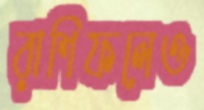
রাশিফলেও